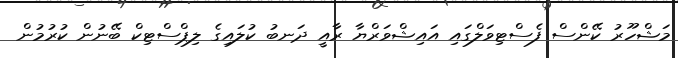
މަޝްހޫރު ކޭންސް ފެސްޓިވަލްގައި އައިޝްވަރްޔާ ރާއީ ދަނބު ކުލައިގެ ލިޕްސްޓިކް ބޭނުން ކުރުމުން